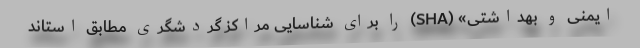
ایمنی و بهداشتی» (SHA) را برای شناسایی مراکز گردشگری مطابق استاند